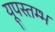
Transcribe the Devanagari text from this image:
यूपस्तम्भ